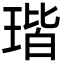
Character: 瑎